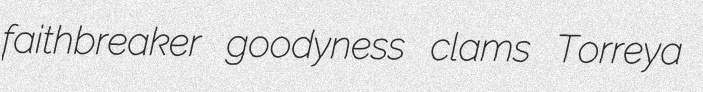
faithbreaker goodyness clams Torreya